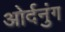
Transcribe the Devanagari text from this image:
ओर्दनुंग